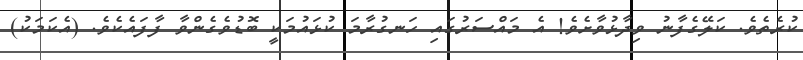
ކުރެތެވެ. ކަލޭގެފާނު ވިދާޅުވާށެވެ! އެ މައްސަރުގައި ހަނގުރާމަ ކުޅައުމަކީ ބޮޑުވެގެންވާ ފާފައެކެވެ. (އެކަމަކު)